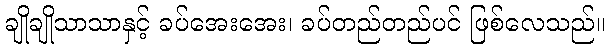
ချိုချိုသာသာနှင့် ခပ်အေးအေး၊ ခပ်တည်တည်ပင် ဖြစ်လေသည်။